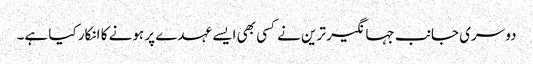
دوسری جانب جہانگیر ترین نے کسی بھی ایسے عہدے پر ہونے کا انکار کیا ہے۔